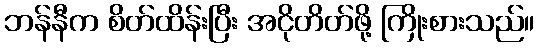
ဘန်နီက စိတ်ထိန်းပြီး အငိုတိတ်ဖို့ ကြိုးစားသည်။